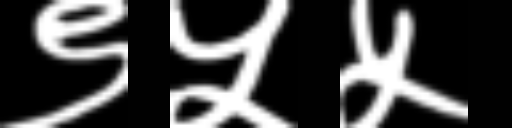
Text: ९५५